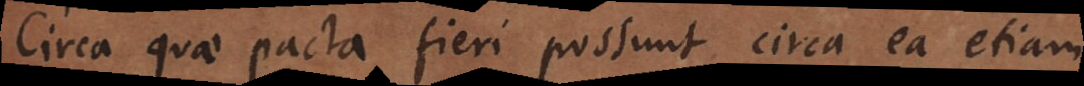
Circa quae pacta fieri possunt circa ea etiam